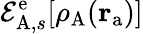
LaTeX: \mathcal{E}_{\mathrm{A},s}^{\mathrm{e}}[\rho_{\mathrm{A}}(\mathbf{r}_{\mathrm{a}})]